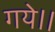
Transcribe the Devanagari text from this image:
गये।।